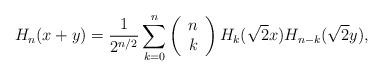
LaTeX: \begin{align*}H_n(x+y)=\frac{1}{2^{n/2}}\sum_{k=0}^{n}\left(\begin{array}{c}n\\k\end{array}\right)H_k(\sqrt{2}x)H_{n-k}(\sqrt{2}y),\end{align*}